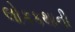
લોકકથાની